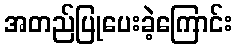
အတည်ပြုပေးခဲ့ကြောင်း